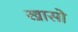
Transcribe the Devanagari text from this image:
खासो